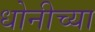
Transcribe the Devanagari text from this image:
धोनीच्या